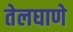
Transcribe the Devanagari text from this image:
तेलघाणे